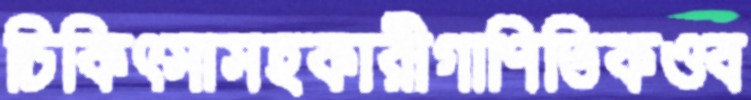
চিকিৎসাসহকারীগাণিতিকওব